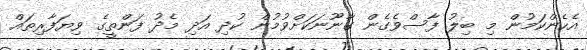
އެހެންކަމުން މި ބިލު ފާސްވެގެން ގާނޫނަކަށްވުމުން ކުދި އަދި މެދު ފަންތީގެ ވިޔަފާރިތައް